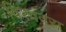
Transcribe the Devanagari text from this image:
विश्ववरा